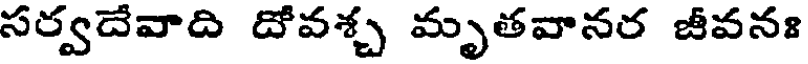
సర్వదేవాది దోవశ్చ మృతవానర జీవనః